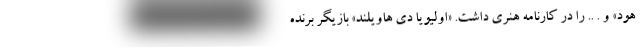
هود» و . .. را در کارنامه هنری داشت. «اولیویا دی هاویلند» بازیگر برنده